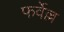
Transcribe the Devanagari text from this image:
फर्वेल्ल